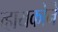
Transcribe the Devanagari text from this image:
व्हायकोने